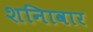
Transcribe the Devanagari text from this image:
शनिावार